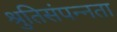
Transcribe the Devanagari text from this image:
श्रुतिसंपन्नता